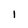
Character: 1